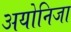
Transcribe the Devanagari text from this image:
अयोनिजा